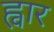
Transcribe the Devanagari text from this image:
ह्वार